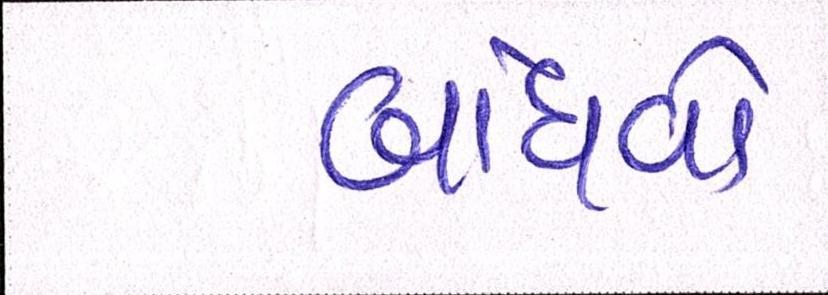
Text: બાંધવો